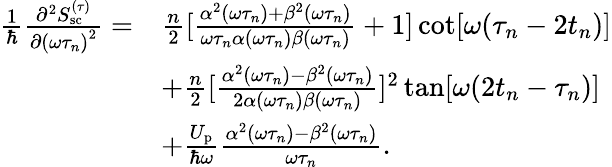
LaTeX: \begin{array}{rl}{\frac{1}{\hbar}\frac{\partial^{2}S_{\mathrm{sc}}^{(\tau)}}{\partial{(\omega\tau_{n})}^{2}}=}&{\frac{n}{2}[\frac{\alpha^{2}(\omega\tau_{n})+\beta^{2}(\omega\tau_{n})}{\omega\tau_{n}\alpha(\omega\tau_{n})\beta(\omega\tau_{n})}+1]\cot[\omega(\tau_{n}-2t_{n})]}\\ &{+\frac{n}{2}[\frac{\alpha^{2}(\omega\tau_{n})-\beta^{2}(\omega\tau_{n})}{2\alpha(\omega\tau_{n})\beta(\omega\tau_{n})}]^{2}\tan[\omega(2t_{n}-\tau_{n})]}\\ &{+\frac{U_{\mathrm{p}}}{\hbar\omega}\frac{\alpha^{2}(\omega\tau_{n})-\beta^{2}(\omega\tau_{n})}{\omega\tau_{n}}.}\end{array}